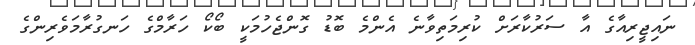
ނައިޖީރިއާގެ އާ ސަރުކާރަށް ކުރިމަތިވާނެ އެންމެ ބޮޑު ގޮންޖެހުމަކީ ބޯކޯ ހަރާމްގެ ހަނގުރާމަވެރިންގެ